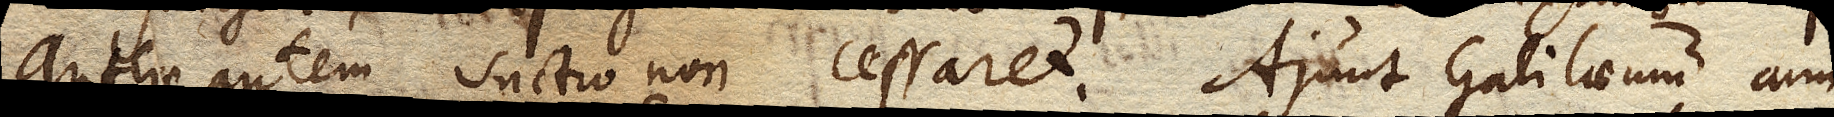
antliae autem suctio non cessaret. Ajunt Galilaeum cum